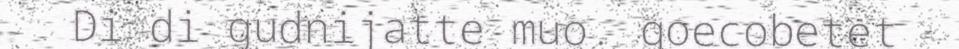
Di di gudnijatte muo. goecobetet